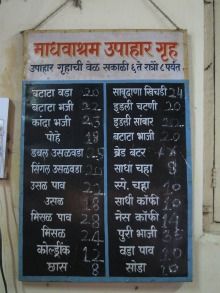
Language: marathi
Transcription: सांबार माधवाश्रम गृहाची बटाटा कांदा साबुदाणा इडली चटणी भाजी इडली बटाटा बटर पोहे सिंगल पाव उसळ चहा साधी पुरी पाव मिसळ वडा छास उपाहार उपाहार वेळ सकाळी वडा भजी डबल उसळवडा मिसळ कोल्ड्रींक भाजी नेस साधा खिचडी ब्रेड उसळ सोडा चहा उसळवडा बटाटा गृह कॉफी पाव भाजी कॉफी